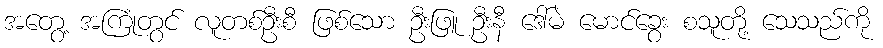
အတွေ့ အကြုံတွင် လူတစ်ဦးစီ ဖြစ်သော ဦးဖြူ ဦးနီ ဒေါ်မဲ မောင်ခွေး စသူတို့ သေသည်ကို